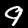
Digit: 9